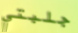
جلبتي